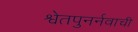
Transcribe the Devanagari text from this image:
श्वेतपुनर्नवाची